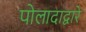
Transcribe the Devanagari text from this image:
पोलादाद्वारे